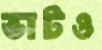
ভাটও